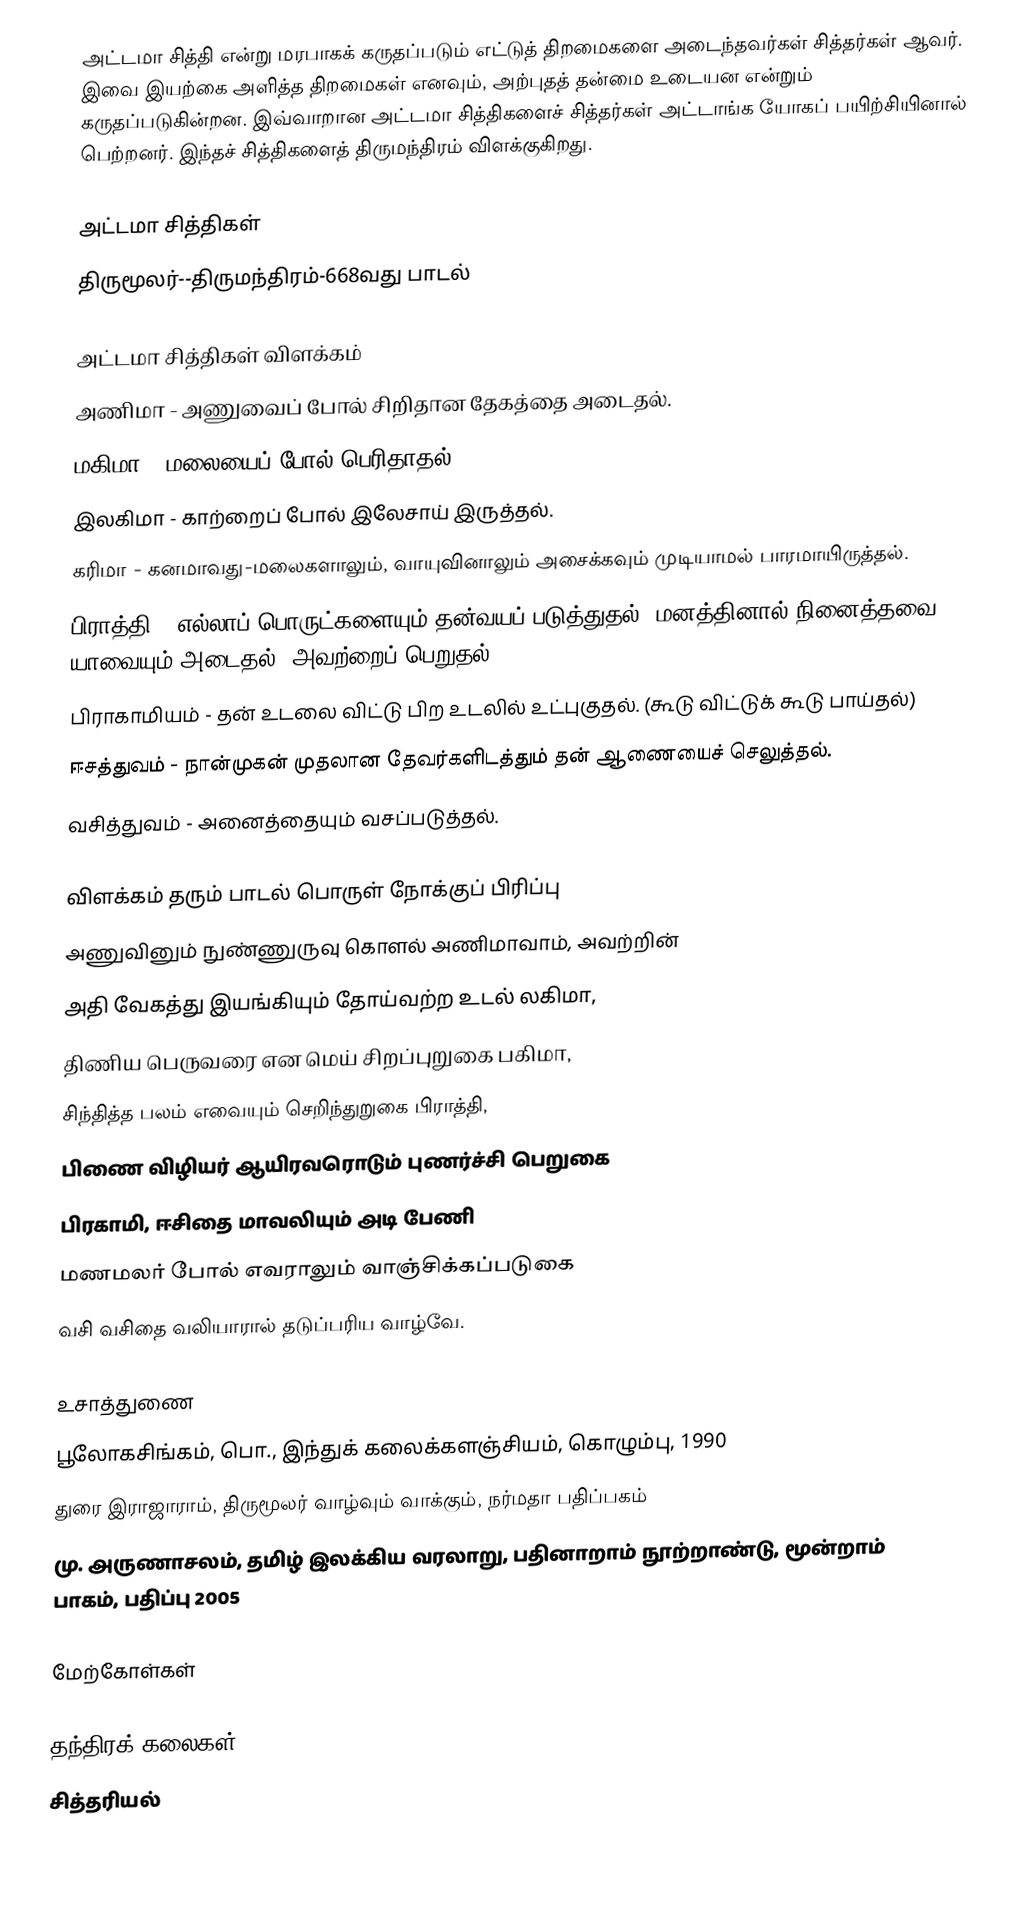
அட்டமா சித்தி என்று மரபாகக் கருதப்படும் எட்டுத் திறமைகளை அடைந்தவர்கள் சித்தர்கள் ஆவர். இவை இயற்கை  அளித்த திறமைகள் எனவும், அற்புதத் தன்மை உடையன என்றும் கருதப்படுகின்றன. இவ்வாறான அட்டமா சித்திகளைச் சித்தர்கள் அட்டாங்க யோகப் பயிற்சியினால் பெற்றனர். இந்தச் சித்திகளைத் திருமந்திரம் விளக்குகிறது.

அட்டமா சித்திகள்
திருமூலர்--திருமந்திரம்-668வது பாடல்

அட்டமா சித்திகள் விளக்கம்
அணிமா - அணுவைப் போல் சிறிதான தேகத்தை அடைதல்.
மகிமா - மலையைப் போல் பெரிதாதல்.
இலகிமா - காற்றைப் போல் இலேசாய் இருத்தல்.
கரிமா -  கனமாவது-மலைகளாலும், வாயுவினாலும் அசைக்கவும் முடியாமல் பாரமாயிருத்தல்.
பிராத்தி - எல்லாப் பொருட்களையும் தன்வயப் படுத்துதல், மனத்தினால் நினைத்தவை யாவையும் அடைதல், அவற்றைப் பெறுதல்.
பிராகாமியம் - தன் உடலை விட்டு பிற உடலில் உட்புகுதல். (கூடு விட்டுக் கூடு பாய்தல்)
ஈசத்துவம் - நான்முகன் முதலான தேவர்களிடத்தும் தன் ஆணையைச் செலுத்தல்.
வசித்துவம் - அனைத்தையும் வசப்படுத்தல்.

விளக்கம் தரும் பாடல் பொருள் நோக்குப் பிரிப்பு
அணுவினும் நுண்ணுருவு கொளல் அணிமாவாம், அவற்றின்
அதி வேகத்து இயங்கியும் தோய்வற்ற உடல் லகிமா,
திணிய பெருவரை என மெய் சிறப்புறுகை பகிமா,
சிந்தித்த பலம் எவையும் செறிந்துறுகை பிராத்தி,
பிணை விழியர் ஆயிரவரொடும் புணர்ச்சி பெறுகை
பிரகாமி, ஈசிதை மாவலியும் அடி பேணி
மணமலர் போல் எவராலும் வாஞ்சிக்கப்படுகை
வசி வசிதை வலியாரால் தடுப்பரிய வாழ்வே.

உசாத்துணை
 பூலோகசிங்கம், பொ., இந்துக் கலைக்களஞ்சியம், கொழும்பு, 1990
 துரை இராஜாராம், திருமூலர் வாழ்வும் வாக்கும், நர்மதா பதிப்பகம்
 மு. அருணாசலம், தமிழ் இலக்கிய வரலாறு, பதினாறாம் நூற்றாண்டு, மூன்றாம் பாகம், பதிப்பு 2005

மேற்கோள்கள்

தந்திரக் கலைகள்
சித்தரியல்